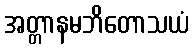
အတ္တာနမဘိတောသယံ